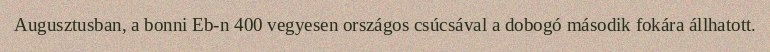
Augusztusban, a bonni Eb-n 400 vegyesen országos csúcsával a dobogó második fokára állhatott.